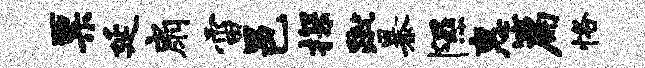
票延扇雷邑探蹴暴隰惠篇恪